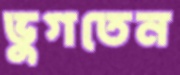
ভুগতেন